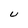
Character: U